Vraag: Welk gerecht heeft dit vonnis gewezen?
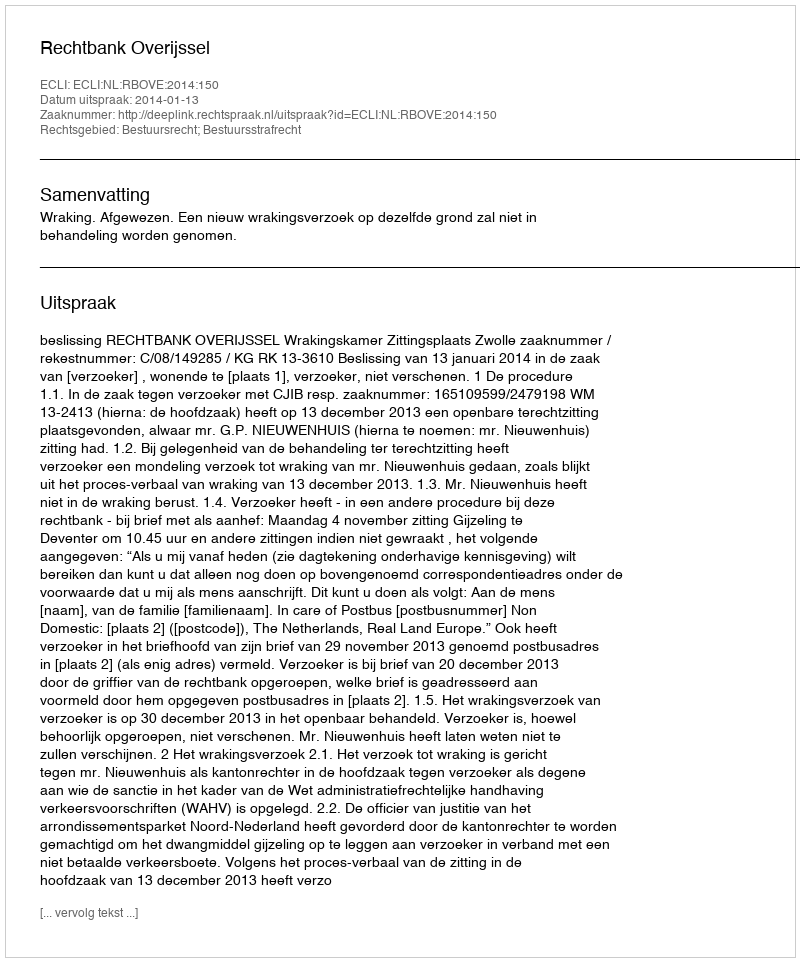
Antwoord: Rechtbank Overijssel